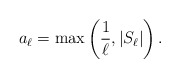
\begin{align*}a_\ell = \max\left(\frac{1}{\ell},|S_\ell|\right).\end{align*}